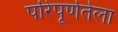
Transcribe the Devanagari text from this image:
परिपूर्णतेला